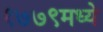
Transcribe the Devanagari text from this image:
१७७९मध्ये